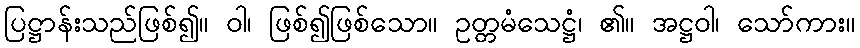
ပြဋ္ဌာန်းသည်ဖြစ်၍။ ဝါ၊ ဖြစ်၍ဖြစ်သော။ ဥတ္တမံသေဋ္ဌံ၊ ၏။ အဋ္ဌဝါ၊ သော်ကား။